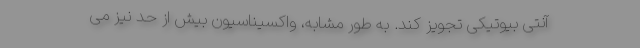
آنتی بیوتیکی تجویز کند. به طور مشابه، واکسیناسیون بیش از حد نیز می